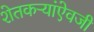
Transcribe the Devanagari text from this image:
शेतकऱ्यांऐवजी